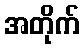
အတိုက်